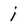
Character: i